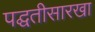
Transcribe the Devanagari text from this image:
पद्घतीसारखा